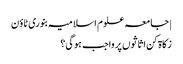
| جامعہ علوم اسلامیہ بنوری ٹاؤن
زکاۃ کن اثاثوں پر واجب ہوگی؟